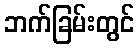
ဘက်ခြမ်းတွင်